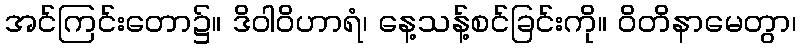
အင်ကြင်းတော၌။ ဒိဝါဝိဟာရံ၊ နေ့သန့်စင်ခြင်းကို။ ဝိတိနာမေတွာ၊